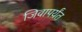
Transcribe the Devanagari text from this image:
जिवापर्यंत